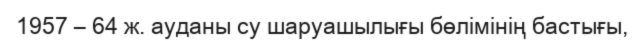
1957 – 64 ж. ауданы су шаруашылығы бөлімінің бастығы,